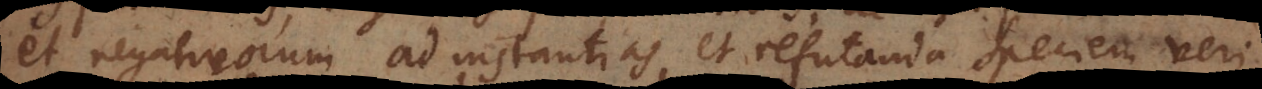
et negativorum ad instantias, et refutanda speciem veri